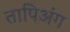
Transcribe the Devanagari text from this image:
तापिअंग